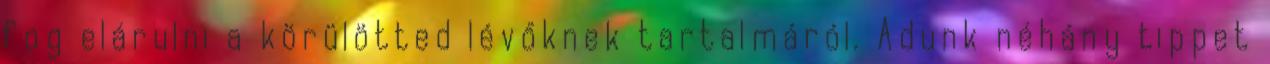
fog elárulni a körülötted lévőknek tartalmáról. Adunk néhány tippet